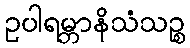
ဥပါရမ္ဘာနိသံသဉ္စ